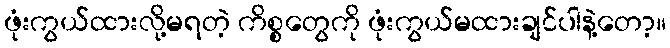
ဖုံးကွယ်ထားလို့မရတဲ့ ကိစ္စတွေကို ဖုံးကွယ်မထားချင်ပါနဲ့တော့။